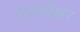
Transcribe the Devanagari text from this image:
एकाम्रेश्वर